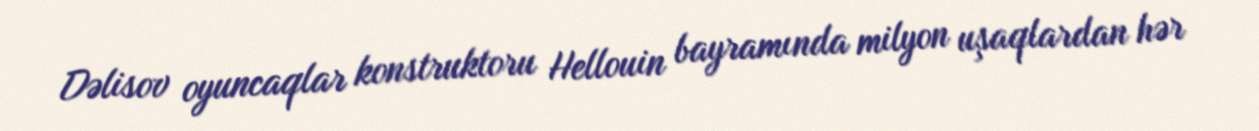
Dəlisov oyuncaqlar konstruktoru Hellouin bayramında milyon uşaqlardan hər